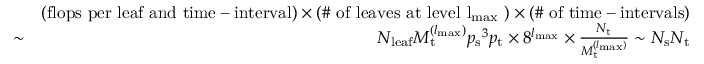
\begin{array} { r l r } & { } & { ( \mathrm { f l o p s ~ p e r ~ l e a f ~ a n d ~ t i m e - i n t e r v a l } ) \times ( \mathrm { \# ~ o f ~ l e a v e s ~ a t ~ l e v e l ~ { l _ { { \mathrm { m a x } } } } ~ } ) \times ( \mathrm { \# ~ o f ~ t i m e - i n t e r v a l s } ) } \\ & { \sim } & { N _ { { \mathrm { l e a f } } } M _ { \mathrm { t } } ^ { ( { l _ { { \mathrm { m a x } } } } ) } { p _ { \mathrm { s } } } ^ { 3 } { p _ { \mathrm { t } } } \times 8 ^ { { l _ { { \mathrm { m a x } } } } } \times \frac { N _ { \mathrm { t } } } { M _ { \mathrm { t } } ^ { ( { l _ { { \mathrm { m a x } } } } ) } } \sim N _ { \mathrm { s } } N _ { \mathrm { t } } } \end{array}